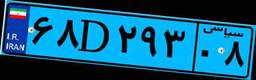
۶۸D۲۹۳۰۸